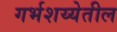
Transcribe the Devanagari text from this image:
गर्भशय्येतील